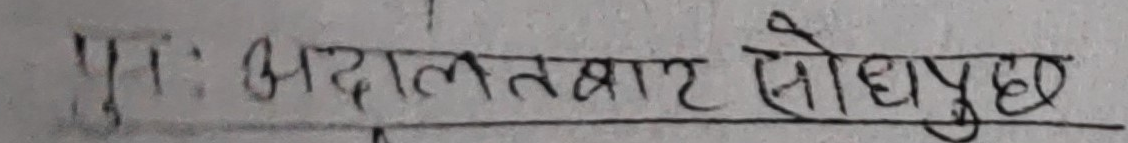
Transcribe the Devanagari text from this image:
पुनः अदालतबाट सोधपुछ